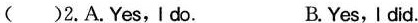
( )2.A.Yes，Ido. B. Yes，I did.